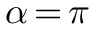
\alpha \, { = } \, \pi